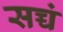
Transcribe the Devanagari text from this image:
सच्चं